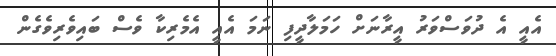
އެއީ އެ ދުވަސްވަރު އީރާނަށް ހަމަލާދީފި ނަމަ އެއީ އެމެރިކާ ވެސް ބައިވެރިވެގެން